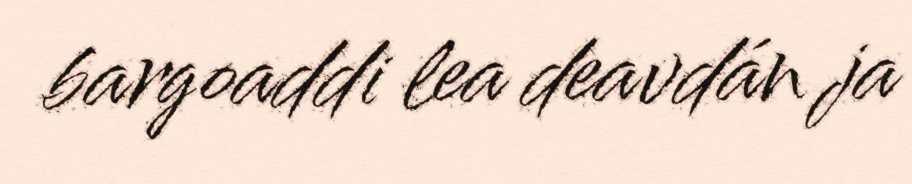
bargoaddi lea deavdán ja